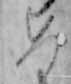
め